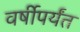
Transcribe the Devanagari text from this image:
वर्षीपर्यंत